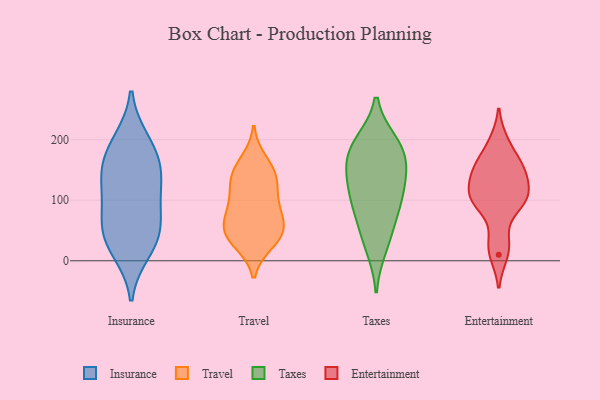
{"axis": {"x": "Budget (USD K)", "y": "Value"}, "legend": ["Entertainment", "Insurance", "Taxes", "Travel"], "data": [{"x": "", "y": 37, "type": "Insurance"}, {"x": "", "y": 40, "type": "Insurance"}, {"x": "", "y": 157, "type": "Insurance"}, {"x": "", "y": 136, "type": "Insurance"}, {"x": "", "y": 186, "type": "Insurance"}, {"x": "", "y": 106, "type": "Insurance"}, {"x": "", "y": 197, "type": "Insurance"}, {"x": "", "y": 145, "type": "Insurance"}, {"x": "", "y": 17, "type": "Insurance"}, {"x": "", "y": 58, "type": "Insurance"}, {"x": "", "y": 84, "type": "Insurance"}, {"x": "", "y": 62, "type": "Travel"}, {"x": "", "y": 135, "type": "Travel"}, {"x": "", "y": 150, "type": "Travel"}, {"x": "", "y": 76, "type": "Travel"}, {"x": "", "y": 92, "type": "Travel"}, {"x": "", "y": 138, "type": "Travel"}, {"x": "", "y": 123, "type": "Travel"}, {"x": "", "y": 47, "type": "Travel"}, {"x": "", "y": 37, "type": "Travel"}, {"x": "", "y": 165, "type": "Travel"}, {"x": "", "y": 97, "type": "Travel"}, {"x": "", "y": 39, "type": "Travel"}, {"x": "", "y": 58, "type": "Travel"}, {"x": "", "y": 30, "type": "Travel"}, {"x": "", "y": 99, "type": "Taxes"}, {"x": "", "y": 148, "type": "Taxes"}, {"x": "", "y": 118, "type": "Taxes"}, {"x": "", "y": 22, "type": "Taxes"}, {"x": "", "y": 187, "type": "Taxes"}, {"x": "", "y": 195, "type": "Taxes"}, {"x": "", "y": 165, "type": "Taxes"}, {"x": "", "y": 76, "type": "Taxes"}, {"x": "", "y": 151, "type": "Taxes"}, {"x": "", "y": 46, "type": "Taxes"}, {"x": "", "y": 106, "type": "Taxes"}, {"x": "", "y": 192, "type": "Taxes"}, {"x": "", "y": 10, "type": "Entertainment"}, {"x": "", "y": 106, "type": "Entertainment"}, {"x": "", "y": 139, "type": "Entertainment"}, {"x": "", "y": 98, "type": "Entertainment"}, {"x": "", "y": 160, "type": "Entertainment"}, {"x": "", "y": 138, "type": "Entertainment"}, {"x": "", "y": 99, "type": "Entertainment"}, {"x": "", "y": 197, "type": "Entertainment"}, {"x": "", "y": 102, "type": "Entertainment"}, {"x": "", "y": 159, "type": "Entertainment"}, {"x": "", "y": 34, "type": "Entertainment"}]}